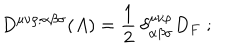
LaTeX: D ^ { \mu \nu \rho ; \alpha \beta \sigma } ( A ) = \frac { 1 } { 2 } \: \delta _ { \alpha \beta \sigma } ^ { \mu \nu \rho } D _ { F } \; ;